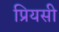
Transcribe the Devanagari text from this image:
प्रियसी